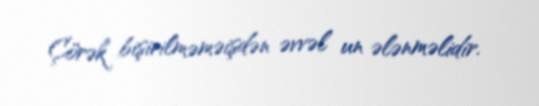
Çörək bişirilməməişdən əvvəl un ələnməlidir.